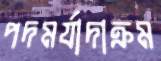
পদমর্যাদাক্রম